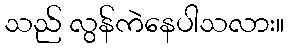
သည် လွန်ကဲနေပါသလား။